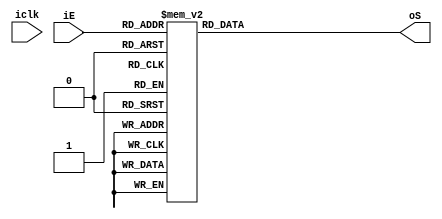
module BCD(
input[0:3]iE,
input iclk,
output[0:6]oS
);


//reg rOperacion1;
//assign oa=(iA|iB|iC|~iD)&(iA|~iB|iD)&rOperacion1&(~iA|iB|~iC|~iD);


//always @ *
//begin
//rOperacion1=(~iA|~iB|iC|~iD);
//end


reg [6:0]rsalida_Q;
reg [6:0]rsalida_S;


assign oS = rsalida_S;


// bloque combinacional
always @ *
case (iE)
                               // abcdefg
	4'b0000 : rsalida_S[6:0] <= 7'b0000001;//0
	4'b0001 : rsalida_S[6:0] <= 7'b1001111;//1
	4'b0010 : rsalida_S[6:0] <= 7'b0010010;//2
	4'b0011 : rsalida_S[6:0] <= 7'b0000110;//3
	4'b0100 : rsalida_S[6:0] <= 7'b1001100;//4
	4'b0101 : rsalida_S[6:0] <= 7'b0100100;//5
	4'b0110 : rsalida_S[6:0] <= 7'b1100000;//6
	4'b0111 : rsalida_S[6:0] <= 7'b0001111;//7
	4'b1000 : rsalida_S[6:0] <= 7'b0000000;//8
	4'b1001 : rsalida_S[6:0] <= 7'b0001100;//9
	4'b1010 : rsalida_S[6:0] <= 7'b0001000;//A
	4'b1011 : rsalida_S[6:0] <= 7'b1100000;//B
	4'b1100 : rsalida_S[6:0] <= 7'b0110001;//C
	4'b1101 : rsalida_S[6:0] <= 7'b1000010;//D
	4'b1110 : rsalida_S[6:0] <= 7'b0110000;//E
	4'b1111 : rsalida_S[6:0] <= 7'b0111000;//F
	default: rsalida_S[6:0] <= 7'b1000000;

endcase

//bloque secuencial
always @ (posedge iclk)
begin
rsalida_Q <= rsalida_S;
end


endmodule